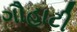
ગૌહાટી